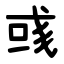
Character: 彧